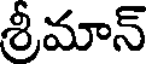
శ్రీమాన్